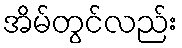
အိမ်တွင်လည်း